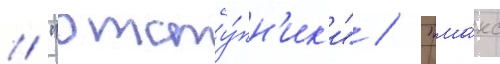
/ "отсту́пн'ик'и" / "ма́кс